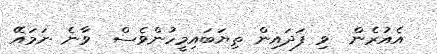
އެއުރެން  ވި ފަދައިން ތިޔަބައިމީހުންވެސް  ވާނެ ނަމައޭ